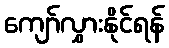
ကျော်လွှားနိုင်ရန်